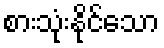
စားသုံးနိုင်သော